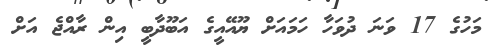
މަހުގެ 17 ވަނަ ދުވަހާ ހަމައަށް ޔޫއޭއީގެ އަބޫދާބީ އިން ރާއްޖެ އަށް